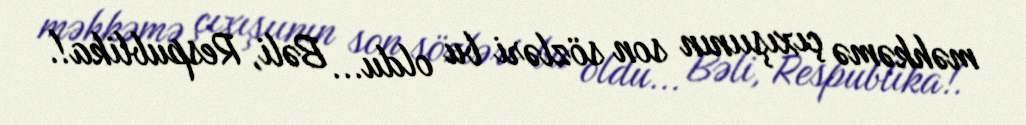
məhkəmə çıxışıının son sözləri bu oldu... Bəli, Respublika!.